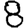
Digit: 8